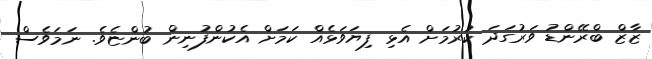
ޒާޒް ބްރޭންޑު ވަރުގަދަ ކުރުމަށް އެޅި ފިޔަވަޅެއް ކަމަށް އެކުންފުނިން ބުންޏެވެ. ނަމަވެސް